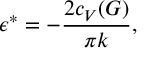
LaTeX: \epsilon ^ { * } = - { \frac { 2 c _ { V } ( G ) } { \pi k } } ,